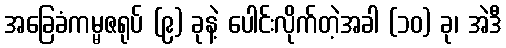
အခြေခံကမ္မဇရုပ် (၉) ခုနဲ့ ပေါင်းလိုက်တဲ့အခါ (၁၀) ခု၊ အဲဒီ